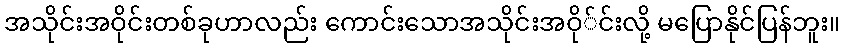
အသိုင်းအဝိုင်းတစ်ခုဟာလည်း ကောင်းသောအသိုင်းအဝို်င်းလို့ မပြောနိုင်ပြန်ဘူး။